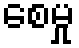
စေမှု